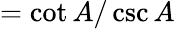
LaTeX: ={\cot A/\csc A}